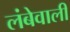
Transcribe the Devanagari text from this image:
लंबेवाली